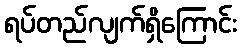
ရပ်တည်လျက်ရှိကြောင်း